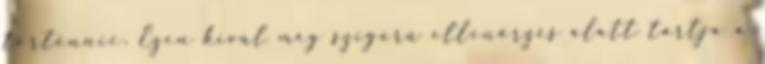
történnie. Ezen kívül még szigorú ellenőrzés alatt tartja a